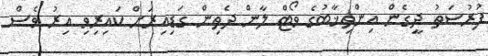
ފުރުސަތު ދީގެން އިންތިޚާބުގެ ވޯޓް ލާން ދެތިން ގަޑިއިރަށް ކައިރިވި އިރު ވެސް